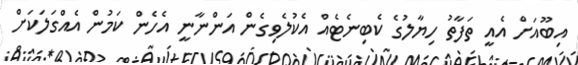
އިބޫއަށް އެއީ ތަފާތު ހިޔާލުގެ ކެބިނެޓެއް އެކުލެވިގެން އަންނާނީ އެހެން ކަމުން އެއްގަލަކަށް